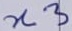
Text: n3